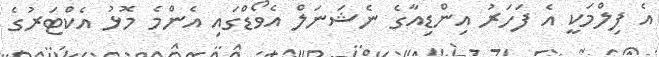
އެ ފިލްމަކީ އެ ފަހަރު އިންޑިއާގެ ނެޝަނަލް އެވޯޑްގައި އެންމެ މޮޅު އެކްޓަރުގެ